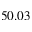
5 0 . 0 3